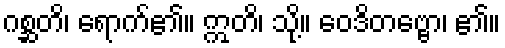
ဂစ္ဆတိ၊ ရောက်၏။ ဣတိ၊ သို့။ ဝေဒိတဗ္ဗော၊ ၏။